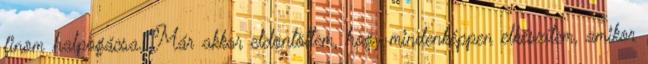
finom halpogácsa. Már akkor eldöntöttem, hogy mindenképpen elkészítem, amikor